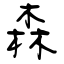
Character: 森